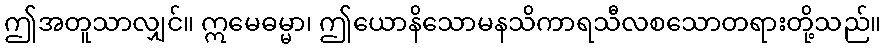
ဤအတူသာလျှင်။ ဣမေဓမ္မာ၊ ဤယောနိသောမနသိကာရသီလစသောတရားတို့သည်။